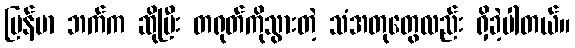
မြန်မာ ဘက်က ဆိုပြီး တရုတ်ကိုသွားတဲ့ သံအတုတွေလည်း ရှိခဲ့ပါတယ်။